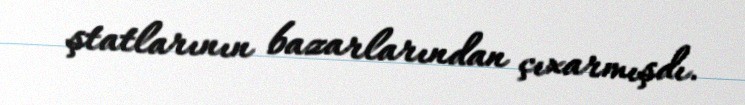
ştatlarının bazarlarından çıxarmışdı.